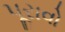
પૂરાવો